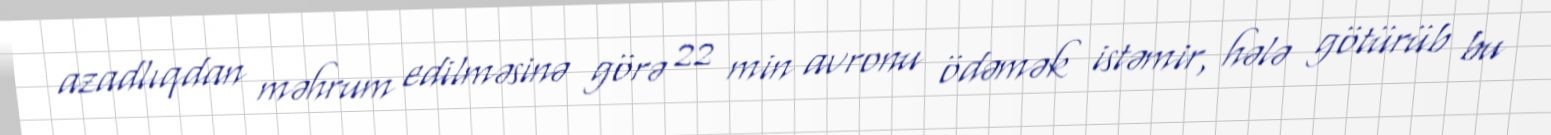
azadlıqdan məhrum edilməsinə görə 22 min avronu ödəmək istəmir, hələ götürüb bu